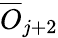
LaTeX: \overline{{O}}_{j+2}